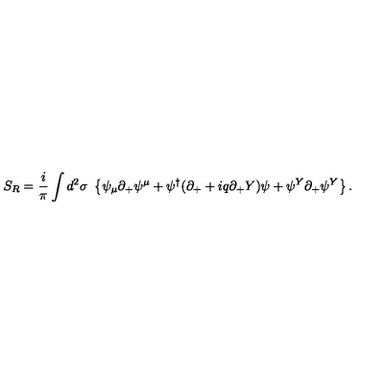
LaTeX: S _ { R } = \frac i { \pi } \int d ^ { 2 } \sigma \ \left\{ \psi _ { \mu } \partial _ { + } \psi ^ { \mu } + \psi ^ { \dag } ( \partial _ { + } + i q \partial _ { + } Y ) \psi + \psi ^ { Y } \partial _ { + } \psi ^ { Y } \right\} .